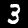
Label: 3